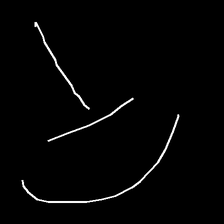
Glyph: dispersion